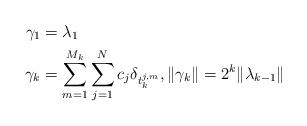
LaTeX: \begin{align*} \gamma_1 &= \lambda_1\\ \gamma_k &= \sum_{m=1}^{M_k} \sum_{j=1}^{N}c_j \delta_{t_k^{j,m}}, \|\gamma_k\|=2^k\|\lambda_{k-1}\| \end{align*}